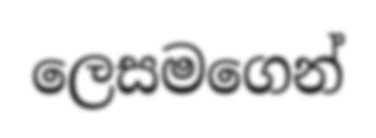
ලෙසමගෙන්